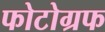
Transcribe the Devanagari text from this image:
फोटोग्रफ